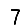
Digit: 7